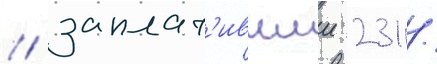
/ заплат'ившии 231 /